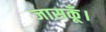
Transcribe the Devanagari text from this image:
जासकूँ।